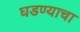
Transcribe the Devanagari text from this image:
घडण्याचा